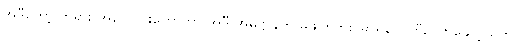
အဲဒီတော့ ဘုရား အလောင်းတော်ဟာ အဲဒီ အဓိဋ္ဌာန်ကို မဖျက်ဘူး၊ မာရ်နတ်ကြီး လာနှောင့်ယှက်